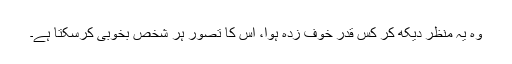
وہ یہ منظر دیکھ کر کس قدر خوف زدہ ہوا، اس کا تصور ہر شخص بخوبی کرسکتا ہے۔